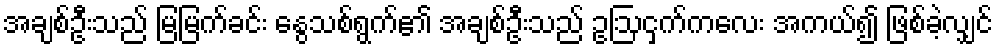
အချစ်ဦးသည် မြမြက်ခင်း နွေသစ်ရွက်၏ အချစ်ဦးသည် ဥဩငှက်ကလေး အကယ်၍ ဖြစ်ခဲ့လျှင်